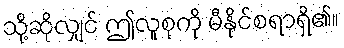
သို့ဆိုလျှင် ဤလူစုကို မီနိုင်စရာရှိ၏။